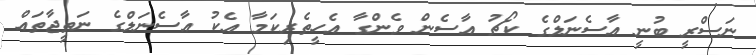
ނަސްރީ ބުނީ އާސެނަލްގެ ކޯޗު އާސެން ވެންގާ އެހީތެރިކަމާ އެކު އާސެނަލްގެ ނަތީޖާތައް